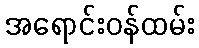
အရောင်းဝန်ထမ်း